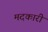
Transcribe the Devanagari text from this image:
मदकारी